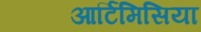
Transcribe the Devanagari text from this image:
आर्टिमिसिया